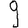
Digit: 9